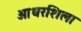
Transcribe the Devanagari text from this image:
आधरशिला